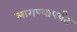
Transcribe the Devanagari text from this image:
लागण्यापर्यंत